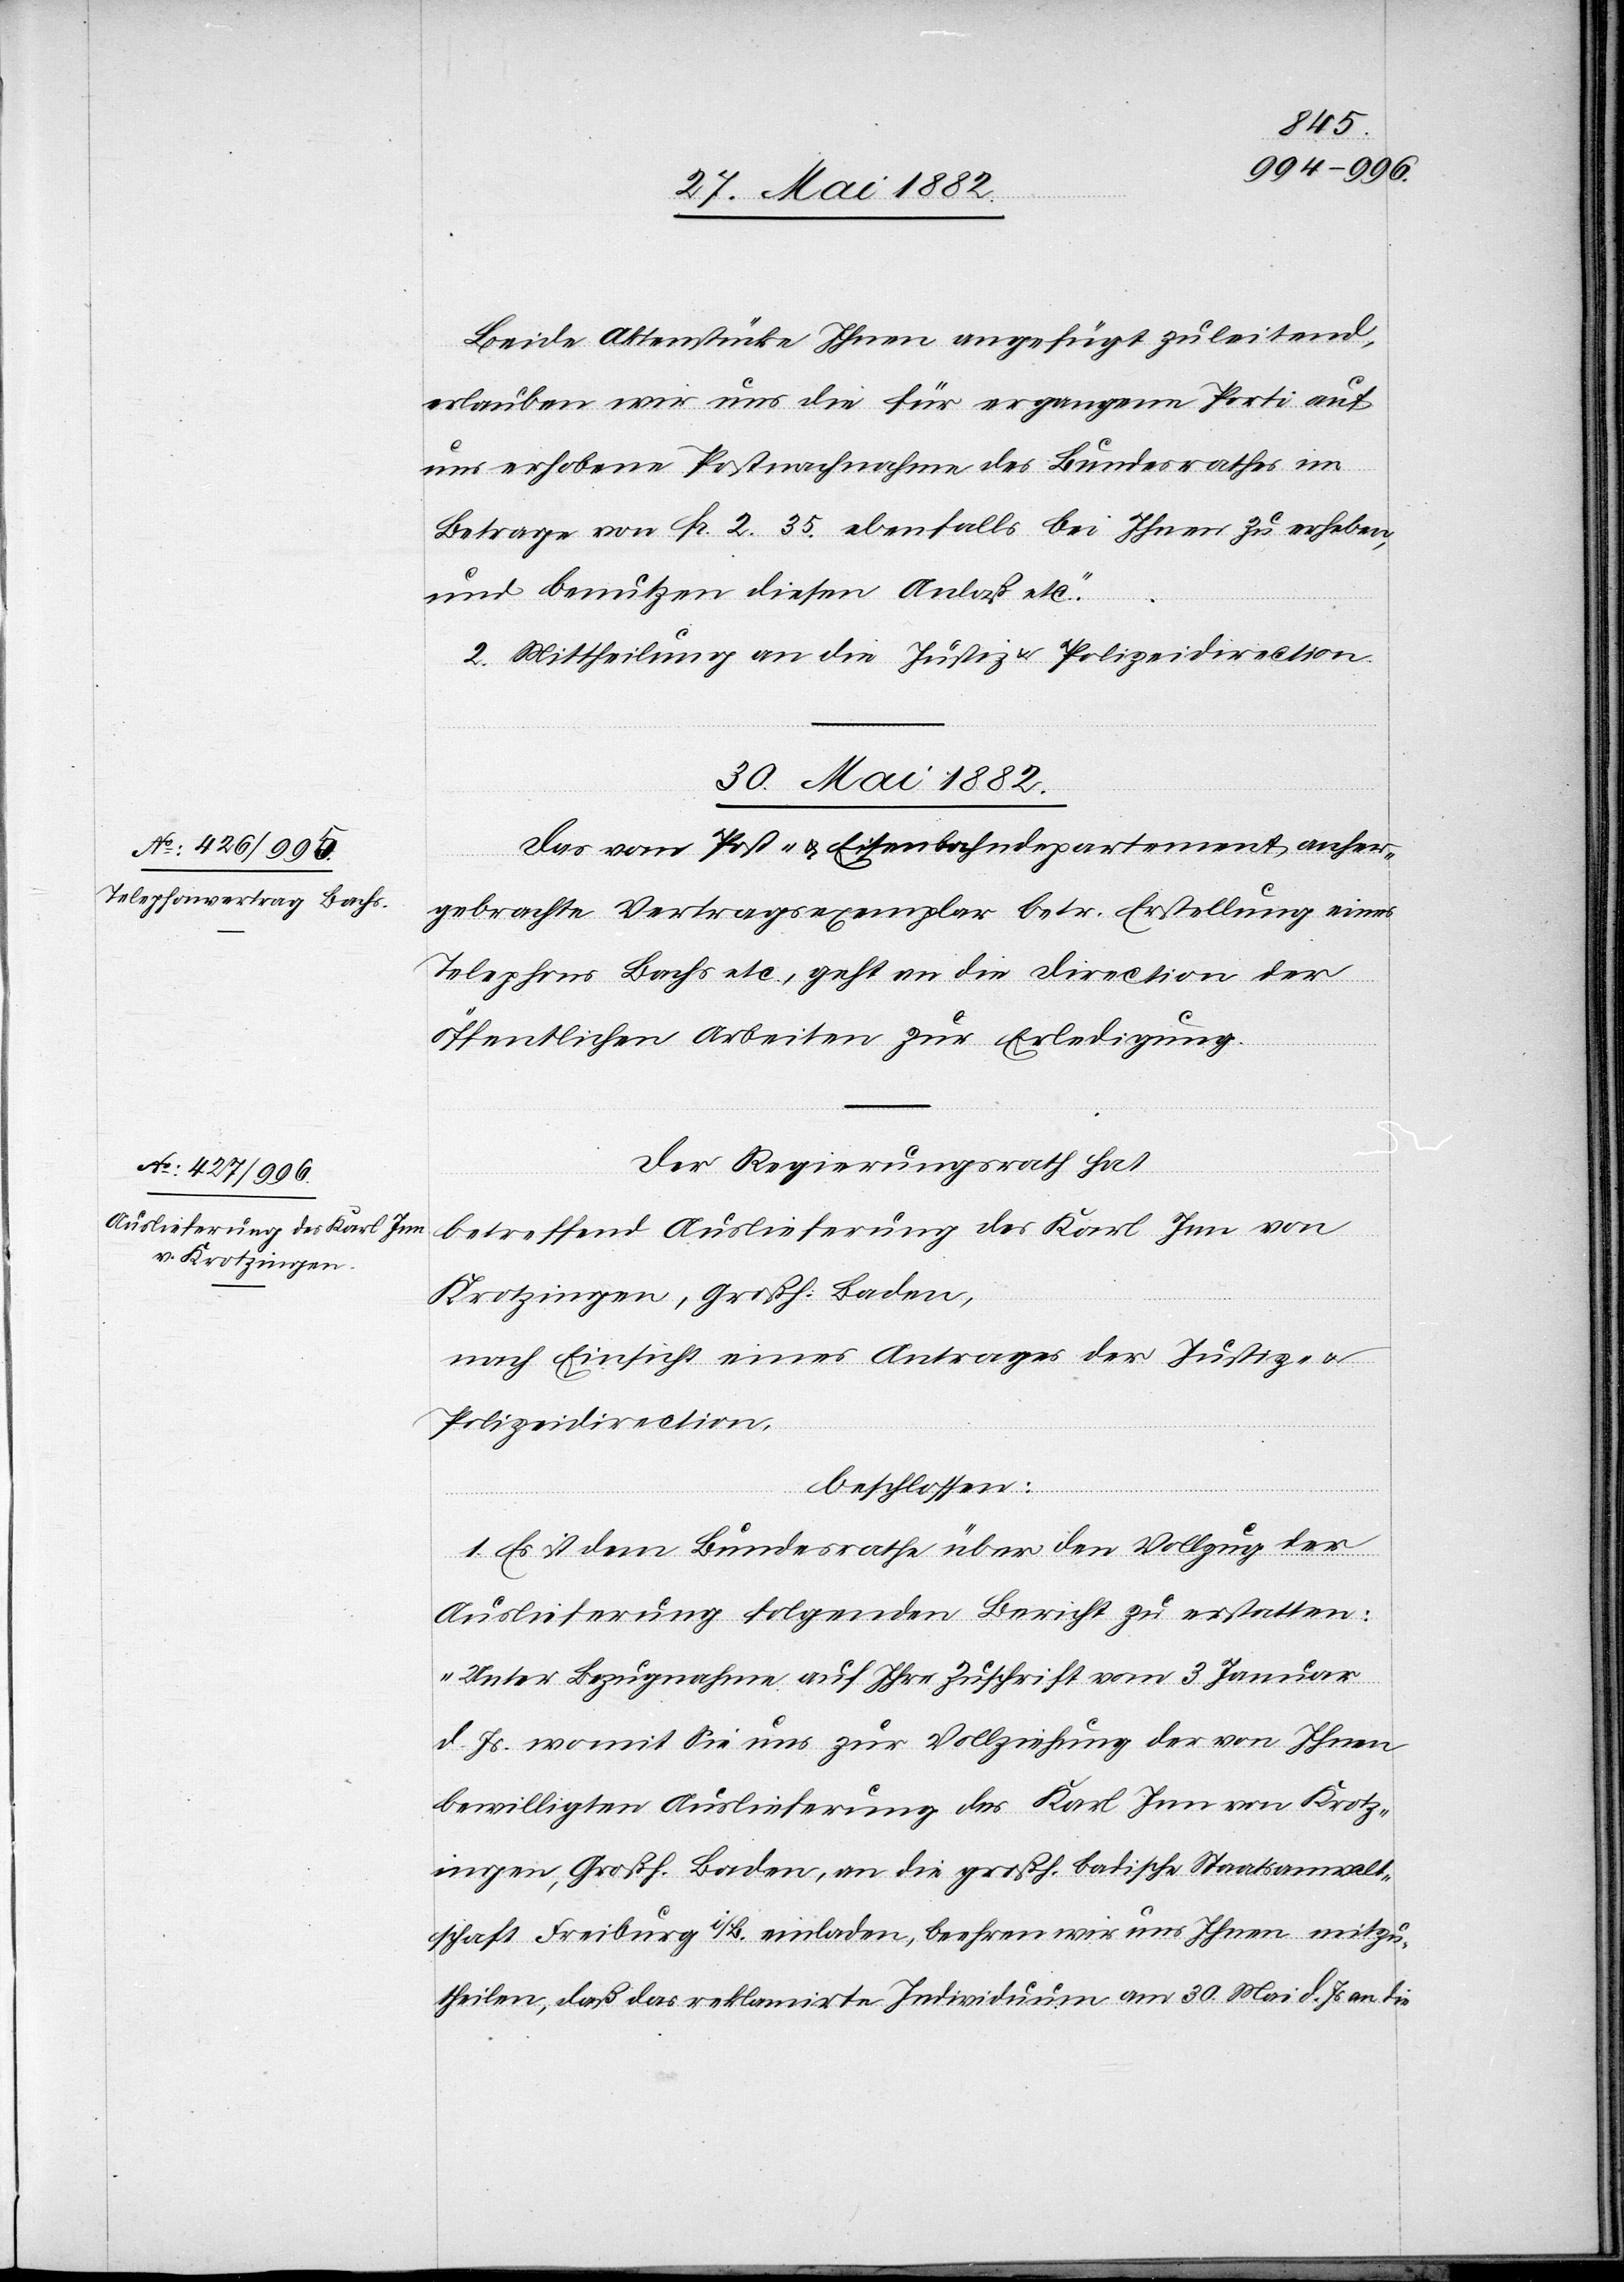
Beide Aktenstücke Ihnen angefügt zuleitend,
erlauben wird uns die für ergangene Porti auf
uns erhobene Postnachnahme des Bundesrathes im
Betrag von Fr. 2.35 ebenfalls bei Ihnen zu erheben,
und benutzen diesen Anlaß etc.“
2. Mittheilung an die Justiz- & Polizeidirection.
30. Mai 1882.]
Das vom Post- & Eisenbahndepartement anher¬
gebrachte Vertragsexemplar betr. Erstellung eines
Telephons Bachs etc., geht an die Direction der
öffentlichen Arbeiten zur Erledigung.
Der Regierungsrath hat
betreffend Auslieferung des Karl Inn von
Krotzingen, Großh. Baden,
nach Einsicht eines Antrages der Justiz-
Polizeidirection,
beschlossen:
1. Es ist dem Bundesrathe über den Vollzug der
Auslieferung folgenden Bericht zu erstatten:
„Unter Bezugnahme auf Ihre Zuschrift vom 3. Januar
d. Js. womit Sie uns zur Vollziehung der von Ihnen
bewilligten Auslieferung des Karl Inn von Krotz¬
ingen, Großh. Baden, an die großh. badische Staatsanwalt¬
schaft Freiburg i/B. einladen, beehren wir uns Ihnen mitzu¬
theilen, daß das reklamirte Individuum am 30. Mai d. Js. an die